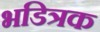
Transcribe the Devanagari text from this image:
भडित्रक